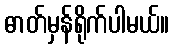
ဓာတ်မှန်ရိုက်ပါမယ်။